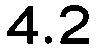
4.2